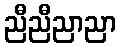
ညီညီညာညာ